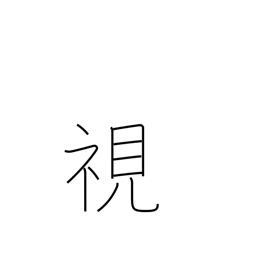
Meaning: see